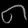
Digit: ၈